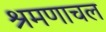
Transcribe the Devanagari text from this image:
श्रमणाचल